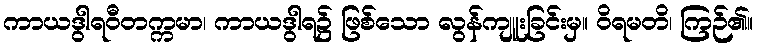
ကာယဒွါရဝီတက္ကမာ၊ ကာယဒွါရ၌ ဖြစ်သော လွန်ကျူးခြင်းမှ။ ဝိရမတိ၊ ကြဉ်၏။